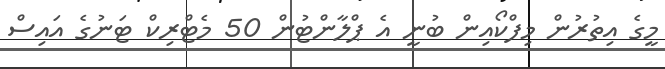
މީގެ އިތުރުން މިފްކޯއިން ބުނީ އެ ޕްލާންޓުން 50 މެޓްރިކް ޓަނުގެ އައިސް